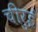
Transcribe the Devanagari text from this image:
चीरुई